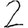
Digit: 2